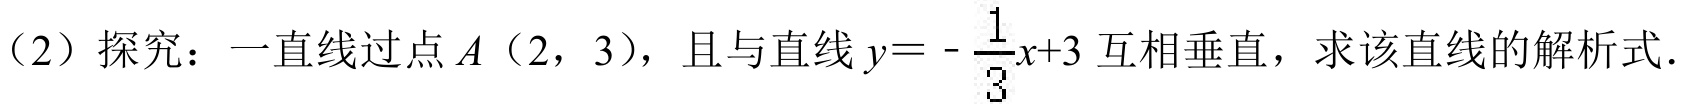
（2）探究：一直线过点\(A(2,3)\)，且与直线\(y = -\frac{1}{3}x + 3\)互相垂直，求该直线的解析式．